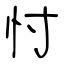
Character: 忖